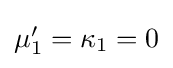
{\textstyle \mu '_{1}=\kappa _{1}=0}